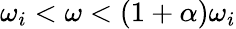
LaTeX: \omega_{i}<\omega<(1+\alpha)\omega_{i}